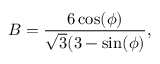
B = \frac { 6 \cos ( \phi ) } { \sqrt { 3 } ( 3 - \sin ( \phi ) } ,